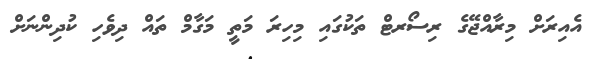
އެއިރަށް މިރާއްޖޭގެ ރިސޯރޓް ތަކުގައި މިހިރަ މަތީ މަގާމް ތައް ދިވެހި ކުދިންނަށް